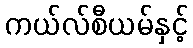
ကယ်လ်စီယမ်နှင့်